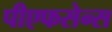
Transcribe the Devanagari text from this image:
पीएफसेन्स